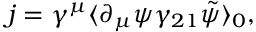
j = \gamma ^ { \mu } \langle \partial _ { \mu } \psi \gamma _ { 2 1 } \tilde { \psi } \rangle _ { 0 } ,